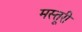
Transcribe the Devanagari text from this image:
मस्तूरी